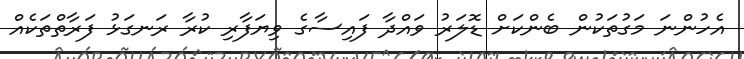
އެހުންނަ މަގުތަކުން ބެންކަށް ޑޮލަރު ވައްދާ ފައިސާގެ ވިޔަފާރި ކުރާ ރަނގަޅު ފަރާތްތަކެއް